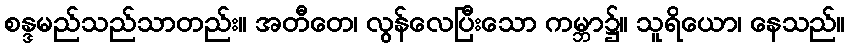
စန္ဒမည်သည်သာတည်း။ အတီတေ၊ လွန်လေပြီးသော ကမ္ဘာ၌။ သူရိယော၊ နေသည်။